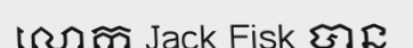
លោក Jack Fisk បាន